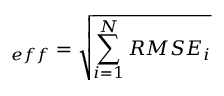
_ { e f f } = \sqrt { \sum _ { i = 1 } ^ { N } R M S E _ { i } }